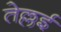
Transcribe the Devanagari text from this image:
तेल्लई